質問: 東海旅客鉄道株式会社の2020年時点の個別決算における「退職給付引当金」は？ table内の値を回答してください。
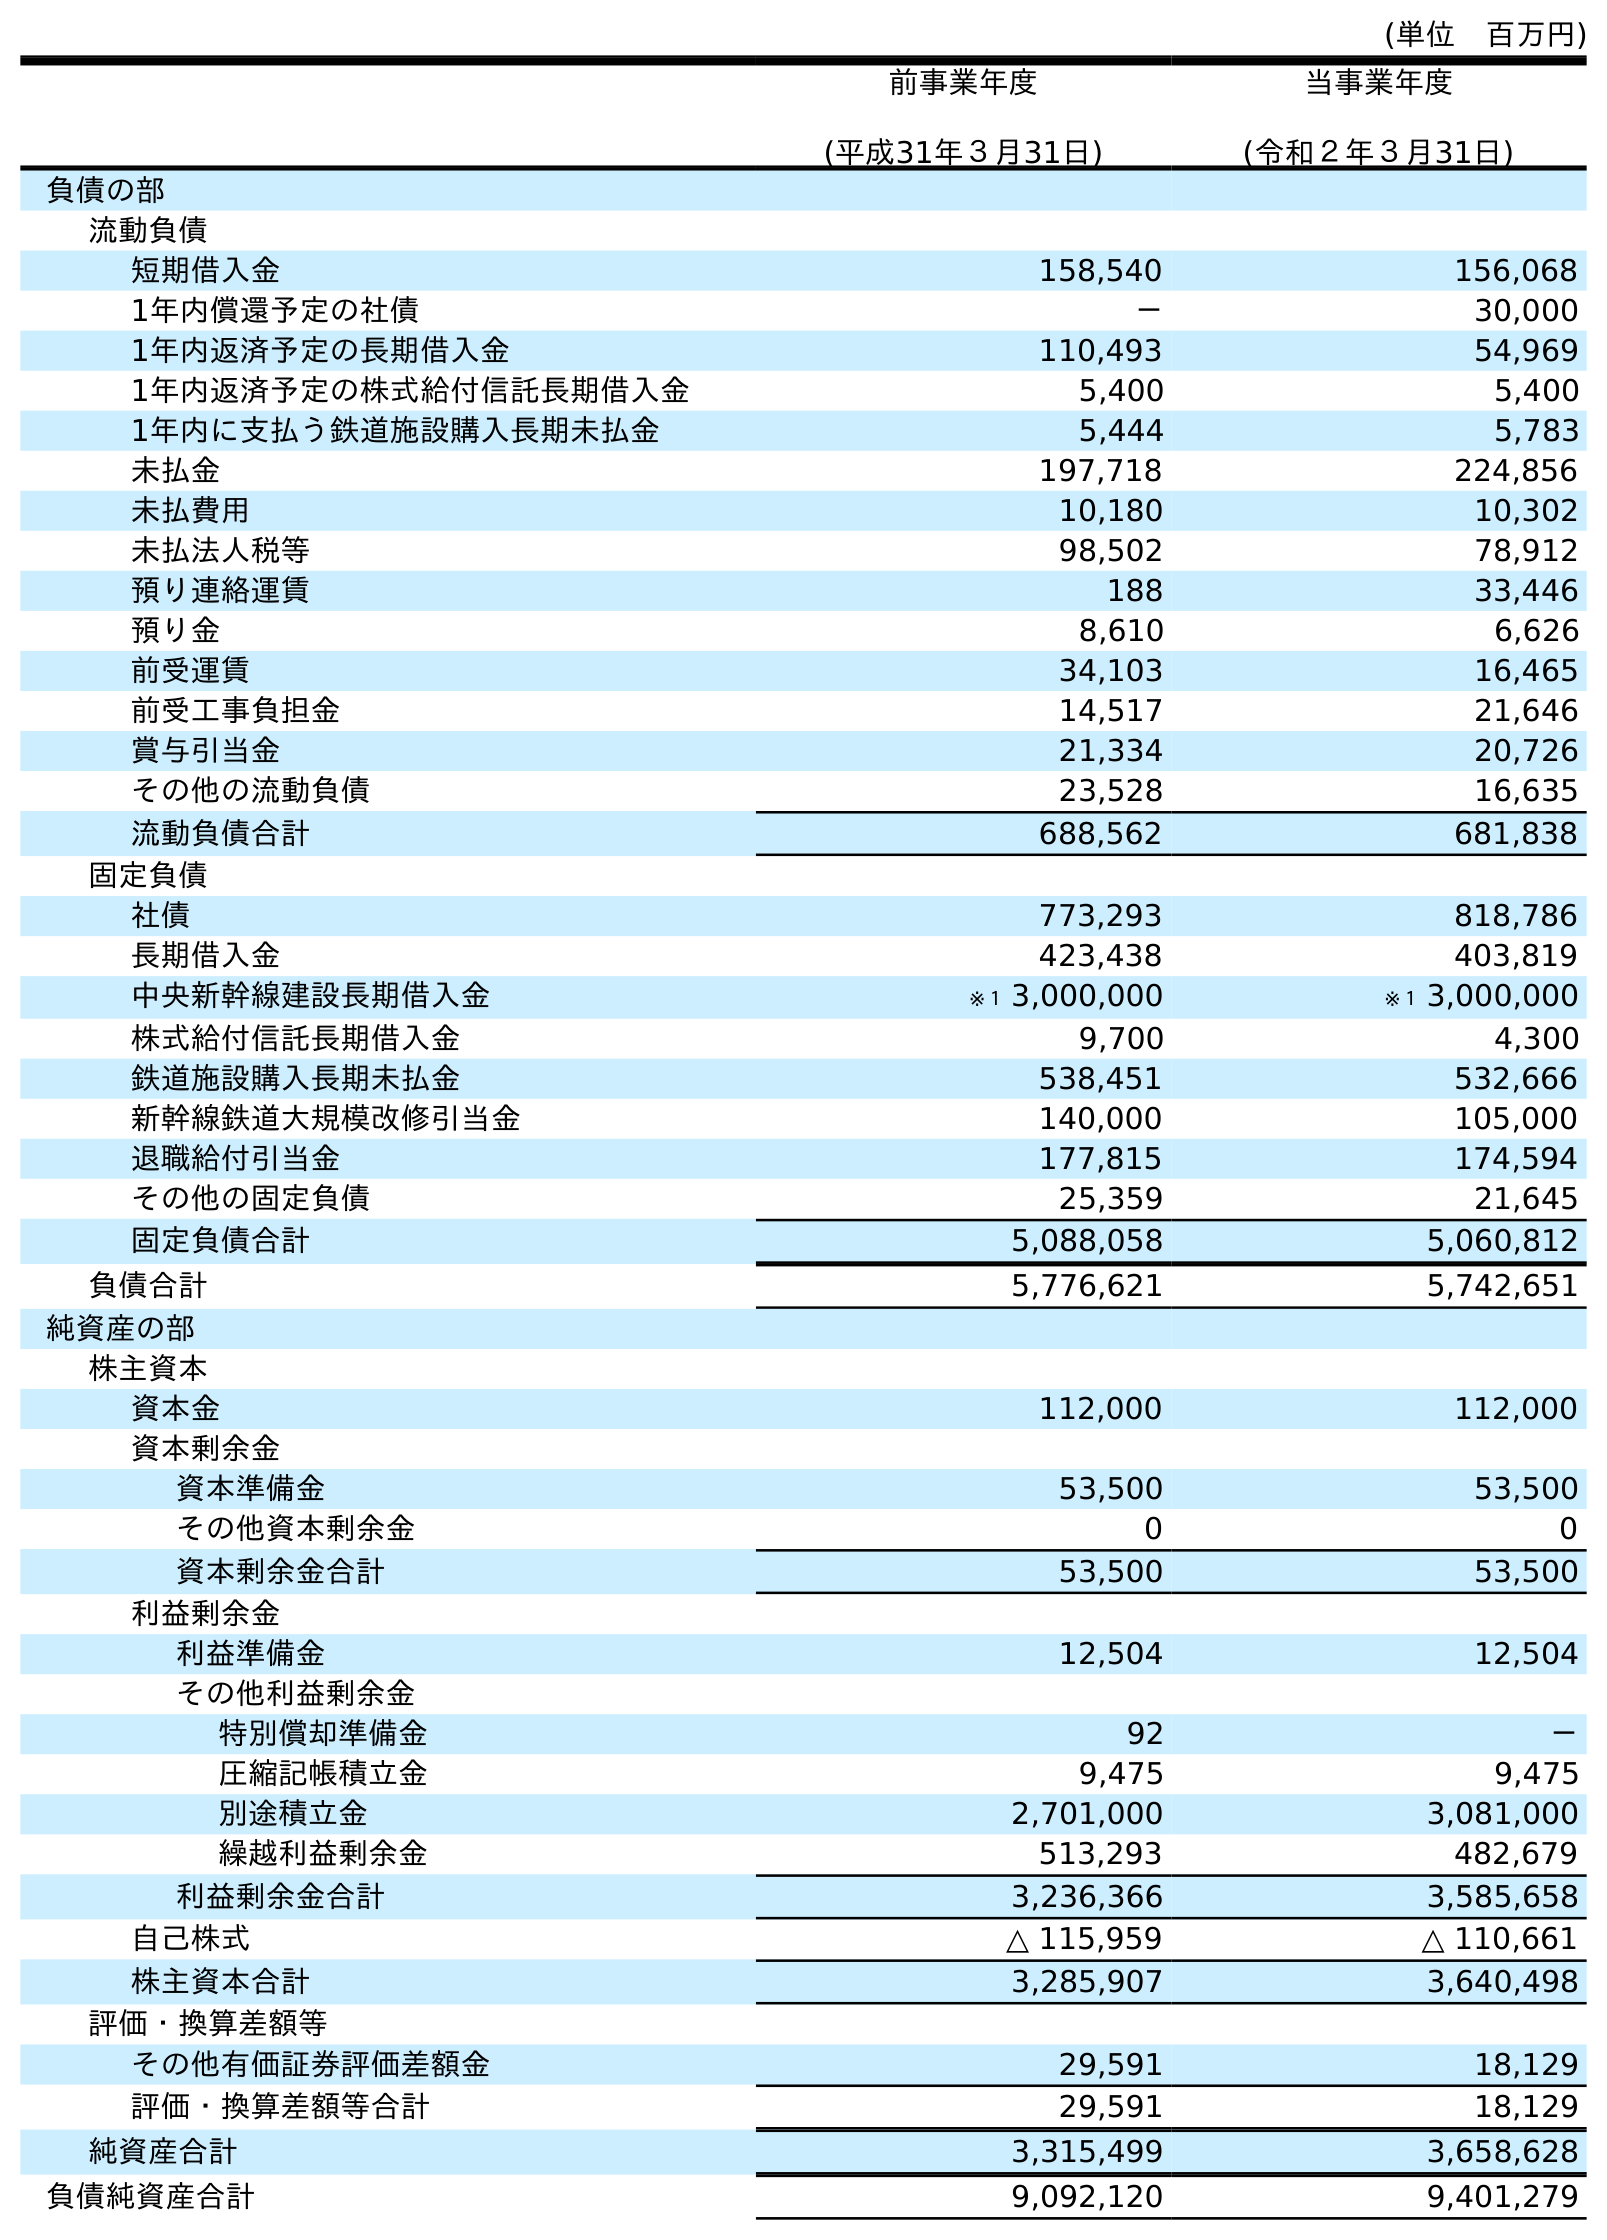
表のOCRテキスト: (単位 百万円) 前事業年度 (平成31年３月31日) 当事業年度 (令和２年３月31日) 負債の部 流動負債 短期借入金 158,540 156,068 1年内償還予定の社債 － 30,000 1年内返済予定の長期借入金 110,493 54,969 1年内返済予定の株式給付信託長期借入金 5,400 5,400 1年内に支払う鉄道施設購入長期未払金 5,444 5,783 未払金 197,718 224,856 未払費用 10,180 10,302 未払法人税等 98,502 78,912 預り連絡運賃 188 33,446 預り金 8,610 6,626 前受運賃 34,103 16,465 前受工事負担金 14,517 21,646 賞与引当金 21,334 20,726 その他の流動負債 23,528 16,635 流動負債合計 688,562 681,838 固定負債 社債 773,293 818,786 長期借入金 423,438 403,819 中央新幹線建設長期借入金 ※１ 3,000,000 ※１ 3,000,000 株式給付信託長期借入金 9,700 4,300 鉄道施設購入長期未払金 538,451 532,666 新幹線鉄道大規模改修引当金 140,000 105,000 退職給付引当金 177,815 174,594 その他の固定負債 25,359 21,645 固定負債合計 5,088,058 5,060,812 負債合計 5,776,621 5,742,651 純資産の部 株主資本 資本金 112,000 112,000 資本剰余金 資本準備金 53,500 53,500 その他資本剰余金 0 0 資本剰余金合計 53,500 53,500 利益剰余金 利益準備金 12,504 12,504 その他利益剰余金 特別償却準備金 92 － 圧縮記帳積立金 9,475 9,475 別途積立金 2,701,000 3,081,000 繰越利益剰余金 513,293 482,679 利益剰余金合計 3,236,366 3,585,658 自己株式 △ 115,959 △ 110,661 株主資本合計 3,285,907 3,640,498 評価・換算差額等 その他有価証券評価差額金 29,591 18,129 評価・換算差額等合計 29,591 18,129 純資産合計 3,315,499 3,658,628 負債純資産合計 9,092,120 9,401,279
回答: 174,594